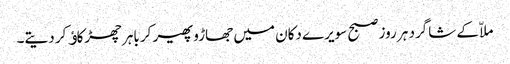
ملاّ کے شاگرد ہر روز صبح سویرے دکان میں جھاڑو پھیر کر باہر چھڑکاﺅ کر دیتے۔